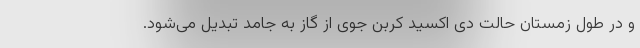
و در طول زمستان حالت دی اکسید کربن جوی از گاز به جامد تبدیل می‌شود.